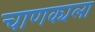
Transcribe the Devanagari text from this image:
चाणक्यला